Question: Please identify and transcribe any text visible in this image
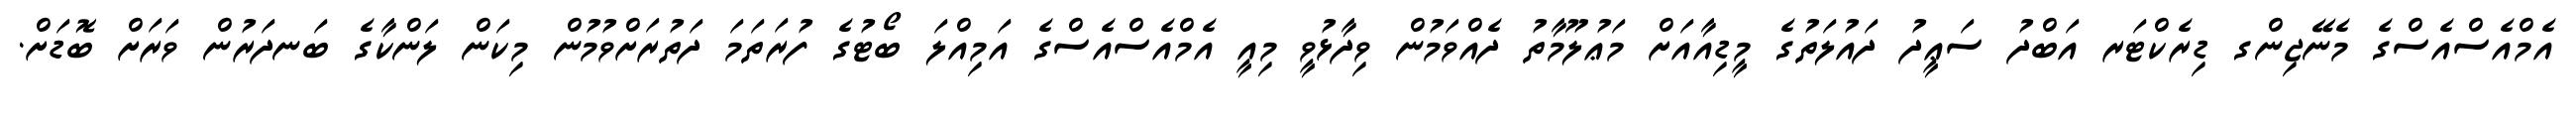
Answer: އެމްއެސްއެސްގެ މެނޭޖިންގ ޑިރެކްޓަރ އަބްދު ސަޢީދު ދައުލަތުގެ މީޑިއާއަށް މަޢުލޫމާތު ދެއްވަމުން ވިދާޅުވީ މިއީ އެމްއެސްއެސްގެ އަމިއްލަ ބޯޓުގެ ފުރަތަމަ ދަތުރަށްވުމުން މިކަން ލަންކާގެ ބަނދަރުން ވަރަށް ބޮޑަށް.